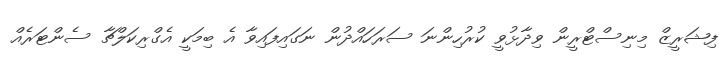
ފިޝަރީޒް މިނިސްޓްރީން ވިދާޅުވީ ކުރުހިންނަ ސަރަހައްދުން ނަގައިފައިވާ އެ ބިމަކީ އެގްރިކަލްޗާ ސެންޓަރެއް